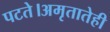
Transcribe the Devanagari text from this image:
पटते।अमृतातेही